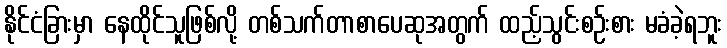
နိုင်ငံခြားမှာ နေထိုင်သူဖြစ်လို့ တစ်သက်တာစာပေဆုအတွက် ထည့်သွင်းစဉ်းစား မခံခဲ့ရဘူး